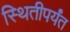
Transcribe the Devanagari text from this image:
स्थितीपर्यंत